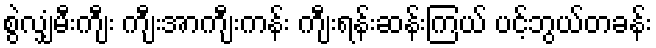
စွဲလျှံမီးကျီး ကျီးအာကျီးကန်း ကျီးရန်းဆန်းကြယ် ပင့်ဘွယ်တခန်း